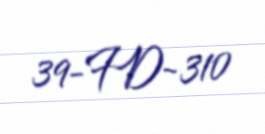
39-FD-310